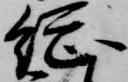
総